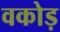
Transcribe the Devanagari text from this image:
वकोड़